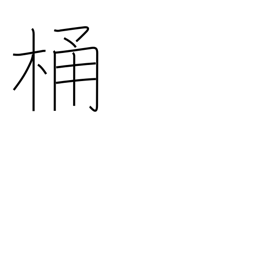
Meaning: bucket